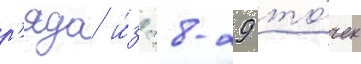
р'яда и́з 28-29 то́чек